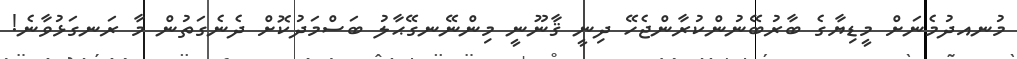
މުނއދުމެނަށް މީޑިޔާގެ ބާރުބޭނުންކުރާންޖެހޭ ދިނީ ޤާނޫނީ މިންނޭނގޭޙާލު ބަސްމަދުކޮށް ދެނެގަތުން މާ ރަނގަޅުވާނެ!